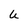
Character: U